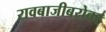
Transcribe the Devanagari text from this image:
रावबाजीबरोबर